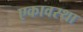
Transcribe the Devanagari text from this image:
एकावस्था